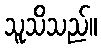
သူသိသည်။